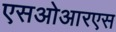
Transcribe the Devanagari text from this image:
एसओआरएस